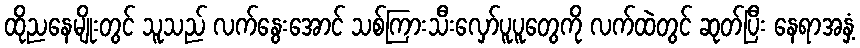
ထိုညနေမျိုးတွင် သူသည် လက်နွေးအောင် သစ်ကြားသီးလှော်ပူပူတွေကို လက်ထဲတွင် ဆုတ်ပြီး နေရာအနှံ့